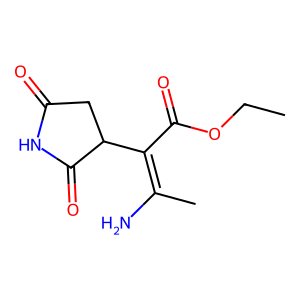
SMILES: CCOC(=O)C(=C(C)N)C1CC(=O)NC1=O
Inhibits HIV replication: No